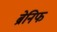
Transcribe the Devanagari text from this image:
ब्रेनिफ